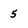
Character: 5